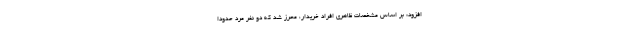
افزود: بر اساس مشخصات ظاهری افراد خریدار، محرز شد که دو نفر مرد حدودا